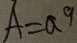
A = a 9